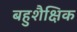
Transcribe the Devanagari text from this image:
बहुशैक्षिक